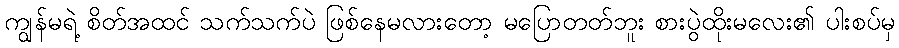
ကျွန်မရဲ့ စိတ်အထင် သက်သက်ပဲ ဖြစ်နေမလားတော့ မပြောတတ်ဘူး စားပွဲထိုးမလေး၏ ပါးစပ်မှ